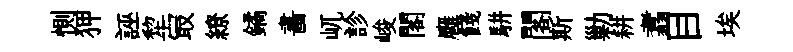
惻狎誣犂冣繚鐍畵屼診峻閣廱餞駢閣斯勦耕翥目埃